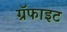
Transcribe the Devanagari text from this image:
ग्रॅफाइट